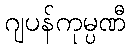
ဂျပန်ကုမ္ပဏီ